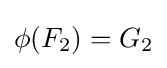
\phi (F_{2})=G_{2}